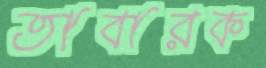
তাবারক